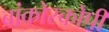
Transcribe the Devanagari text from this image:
ब्रांकोस्कोपी